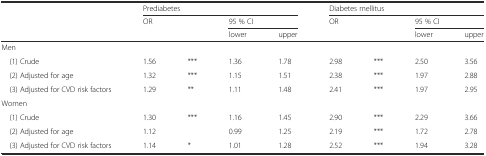
<table><thead><tr><td></td><td colspan="4"><b>Prediabetes</b></td><td colspan="4"><b>Diabetes mellitus</b></td></tr><tr><td></td><td rowspan="2"><b>OR</b></td><td></td><td colspan="2"><b>95 % CI</b></td><td rowspan="2"><b>OR</b></td><td></td><td colspan="2"><b>95 % CI</b></td></tr><tr><td></td><td></td><td><b>lower</b></td><td><b>upper</b></td><td></td><td><b>lower</b></td><td><b>upper</b></td></tr></thead><tbody><tr><td>Men</td><td></td><td></td><td></td><td></td><td></td><td></td><td></td><td></td></tr><tr><td> (1) Crude</td><td>1.56</td><td>***</td><td>1.36</td><td>1.78</td><td>2.98</td><td>***</td><td>2.50</td><td>3.56</td></tr><tr><td> (2) Adjusted for age</td><td>1.32</td><td>***</td><td>1.15</td><td>1.51</td><td>2.38</td><td>***</td><td>1.97</td><td>2.88</td></tr><tr><td> (3) Adjusted for CVD risk factors</td><td>1.29</td><td>**</td><td>1.11</td><td>1.48</td><td>2.41</td><td>***</td><td>1.97</td><td>2.95</td></tr><tr><td>Women</td><td></td><td></td><td></td><td></td><td></td><td></td><td></td><td></td></tr><tr><td> (1) Crude</td><td>1.30</td><td>***</td><td>1.16</td><td>1.45</td><td>2.90</td><td>***</td><td>2.29</td><td>3.66</td></tr><tr><td> (2) Adjusted for age</td><td>1.12</td><td></td><td>0.99</td><td>1.25</td><td>2.19</td><td>***</td><td>1.72</td><td>2.78</td></tr><tr><td> (3) Adjusted for CVD risk factors</td><td>1.14</td><td>*</td><td>1.01</td><td>1.28</td><td>2.52</td><td>***</td><td>1.94</td><td>3.28</td></tr></tbody></table>